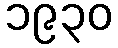
၁၉၃၀